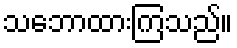
သဘောထားကြသည်။